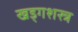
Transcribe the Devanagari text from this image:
खड्गशस्त्र